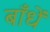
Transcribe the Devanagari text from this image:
बाँधें